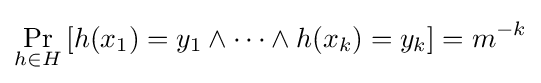
\Pr _{h\in H}\left[h(x_{1})=y_{1}\land \cdots \land h(x_{k})=y_{k}\right]=m^{-k}